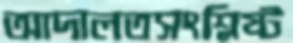
আদালতসংশ্লিষ্ট